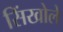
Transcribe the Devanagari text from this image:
सिंखोले